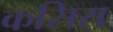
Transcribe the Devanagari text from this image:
कसिरा